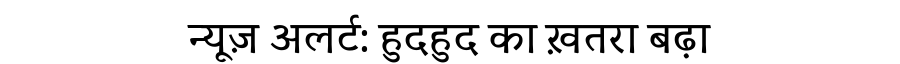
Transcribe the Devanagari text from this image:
न्यूज़ अलर्ट: हुदहुद का ख़तरा बढ़ा